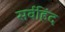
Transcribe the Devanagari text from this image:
सर्वहिंद